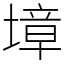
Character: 墇